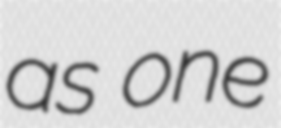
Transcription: as one